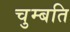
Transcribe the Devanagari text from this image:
चुम्बति